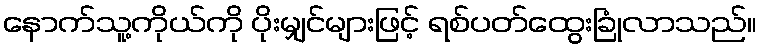
နောက်သူ့ကိုယ်ကို ပိုးမျှင်များဖြင့် ရစ်ပတ်ထွေးခြုံလာသည်။